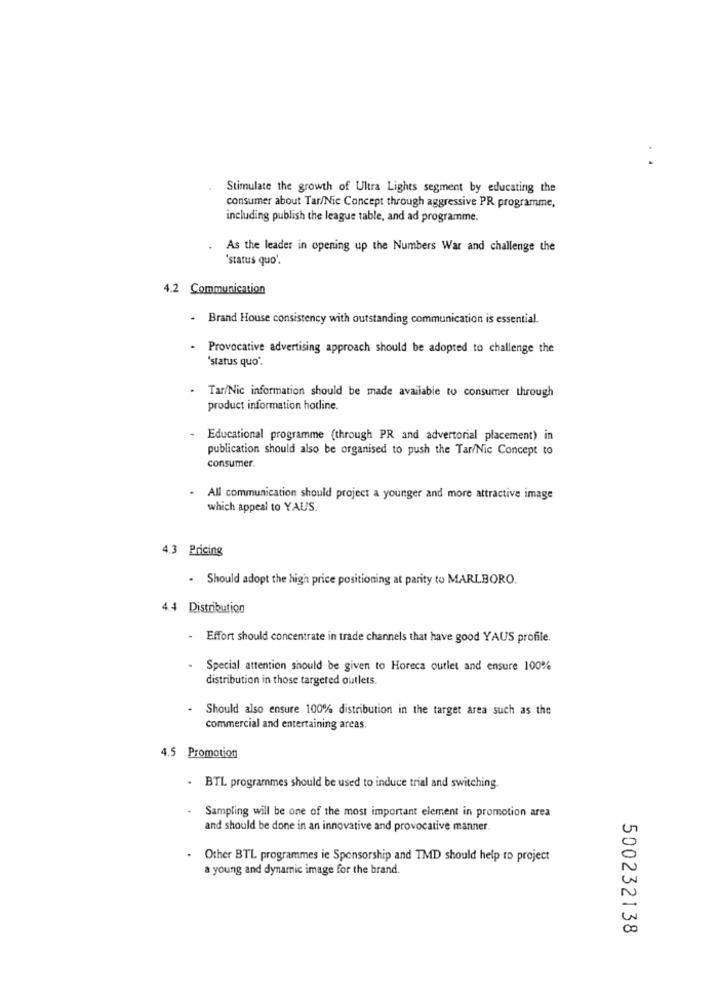
Stimulate the growth of Ultra Lights segment by educating the
consumer about Tar/Nie Concept through aggressive PR programme,
including publish the league table, and ad programme.
As the leader in opening up the Numbers War and challenge the
'status quo'.
4.2 Communication
- Brand House consistency with outstanding communication is essential.
: Provocative advertising approach should be adopted to challenge the
'status quo".
Tar/Nic information should be made available to consumer through
product information hotline.
Educational programme (through PR and advertorial placement) in
publication should also be organised to push the Tar/Nic Concept to
consumer.
All communication should project a younger and more attractive image
which appeal to YAUS.
4.3 Pricing
. Should adopt the high price positioning at parity to MARLBORO.
4.4 Distribution
Effort should concentrate in trade channels that have good YAUS profile.
Special attention should be given to Horeca outlet and ensure 100%
distribution in those targeted outlets.
Should also ensure 100% distribution in the target area such as the
commercial and entertaining areas.
4.5 Promotion
- BTL programmes should be used to induce trial and switching.
Sampling will be one of the most important element in promotion area
and should be done in an innovative and provocative manner.
UT
Other BTL programmes ie Sponsorship and TMD should help to project
a young and dynamic image for the brand.
00
500232138